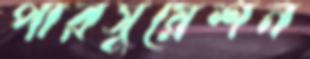
পারসুয়েশন